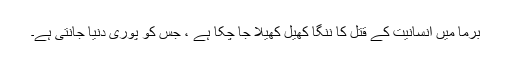
برما میں انسانیت کے قتل کا ننگا کھیل کھيلا جا چکا ہے ، جس کو پوری دنیا جانتی ہے۔